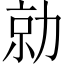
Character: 勍